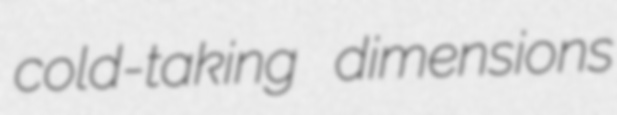
cold-taking dimensions